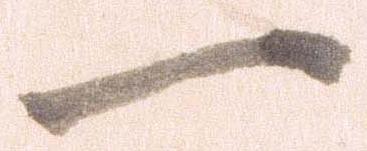
一